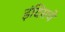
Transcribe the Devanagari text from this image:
इंदिसचे